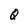
Character: Q